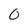
Character: 0